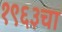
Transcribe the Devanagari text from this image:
१९६३चा